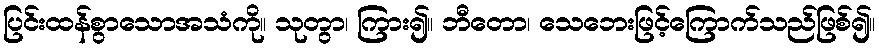
ပြင်းထန်စွာသောအသံကို။ သုတွာ၊ ကြား၍။ ဘီတော၊ သေဘေးဖြင့်ကြောက်သည်ဖြစ်၍။